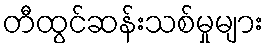
တီထွင်ဆန်းသစ်မှုများ